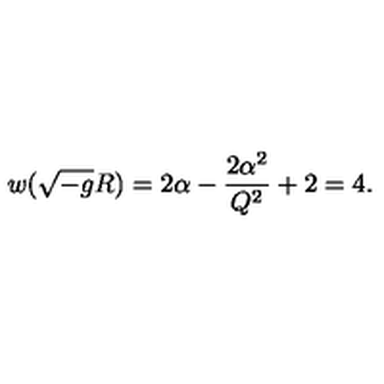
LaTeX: w ( \sqrt { - g } R ) = 2 \alpha - { \frac { 2 \alpha ^ { 2 } } { Q ^ { 2 } } } + 2 = 4 .